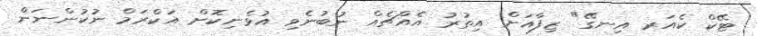
ޓޭކް ކެއަރ އިނގޭ" ޒިފާއަށް އިތުރު އެއްޗެއް ނުބުނެވި އުޅެނިކޮށް އަކްރަމް ނުކުންނަން